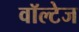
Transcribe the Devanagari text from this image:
वॉल्टेज